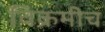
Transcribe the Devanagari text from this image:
विक्रमीच